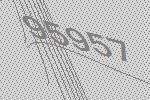
95957